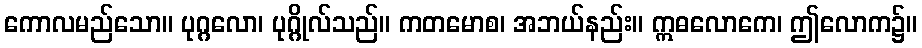
ကောလမည်သော။ ပုဂ္ဂလော၊ ပုဂ္ဂိုလ်သည်။ ကတမောစ၊ အဘယ်နည်း။ ဣဓလောကေ၊ ဤလောက၌။